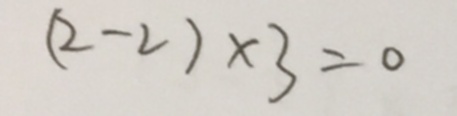
( 2 - 2 ) \times 3 = 0